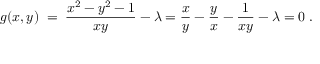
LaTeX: g ( x , y ) \; = \; { \frac { x ^ { 2 } - y ^ { 2 } - 1 } { x y } } - \lambda = { \frac { x } { y } } - { \frac { y } { x } } - { \frac { 1 } { x y } } - \lambda = 0 \; .